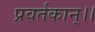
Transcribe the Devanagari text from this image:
प्रवर्तकान्।।